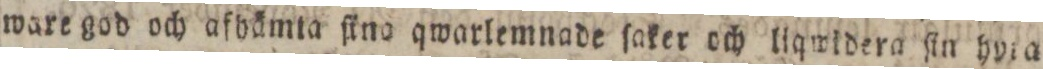
ware god och afhämta ſino qwarlemnade ſaker och liqwidera ſin hyra